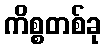
ကိစ္စတစ်ခု